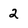
Character: 2